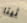
ثيتا